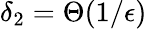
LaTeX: \delta_{2}=\Theta(1/\epsilon)